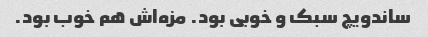
ساندویچ سبک و خوبی بود. مزه‌اش هم خوب بود.